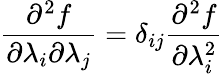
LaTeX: \frac{\partial^{2}f}{\partial\lambda_{i}\partial\lambda_{j}}=\delta_{ij}\frac{\partial^{2}f}{\partial\lambda_{i}^{2}}